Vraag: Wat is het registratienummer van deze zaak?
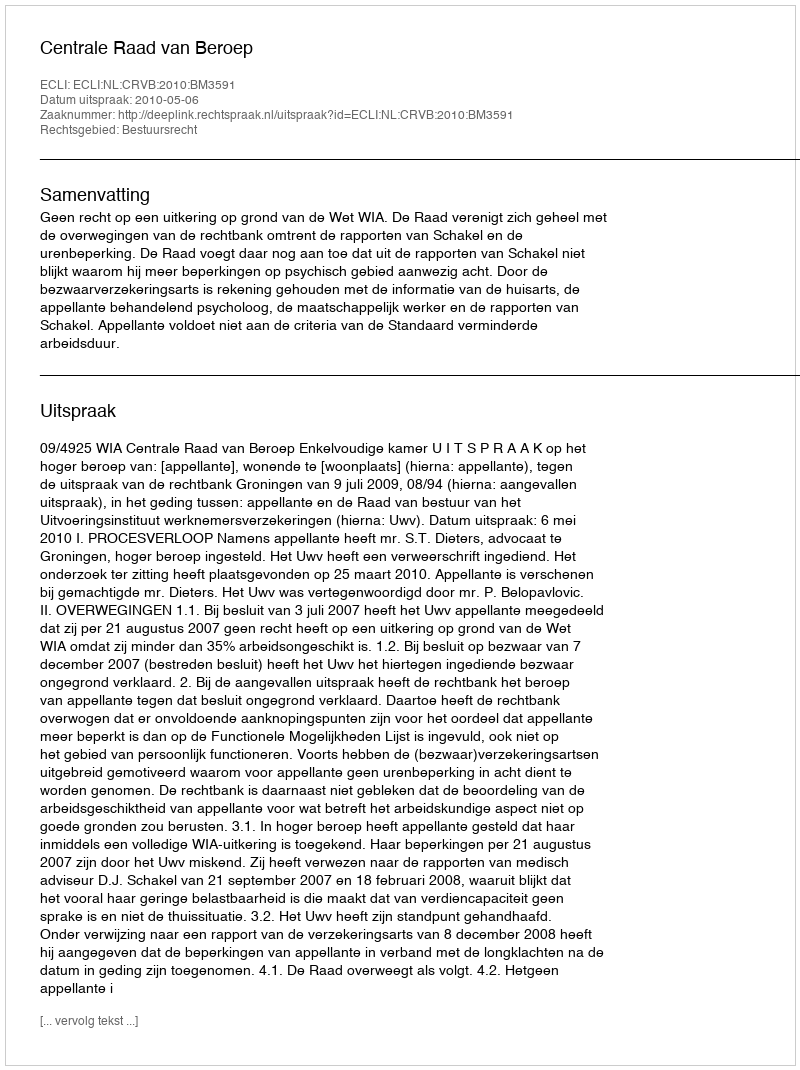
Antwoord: http://deeplink.rechtspraak.nl/uitspraak?id=ECLI:NL:CRVB:2010:BM3591